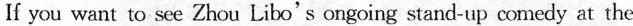
If you want to see Zhou Libo's ongoing stand-up comedy at the